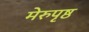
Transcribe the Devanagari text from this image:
मेरुपृष्ठ